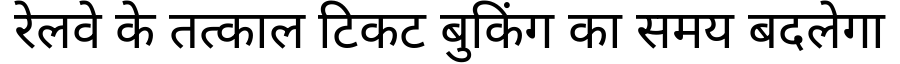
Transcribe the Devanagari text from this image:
रेलवे के तत्काल टिकट बुकिंग का समय बदलेगा